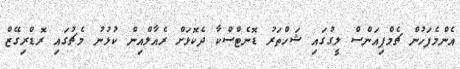
އެންމެފަހުން ޗެމްޕިއަންސް ލީގުގައި ޝަހްތަރު ޑޮނެޓްސްކާ ދެކޮޅަށް ރެއާލްއިން ކުޅުނު މެޗުގައި ރޮޑްރިގޭޒް